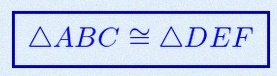
\triangle ABC\cong\triangle DEF